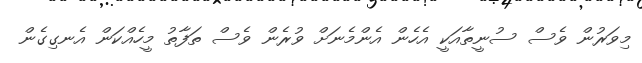
މިވަރުން ވެސް ސުނީތާއަކީ އެހެން އެންމެނަށް ވުރެން ވެސް ތަފާތު މީހެއްކަން އެނގިގެން